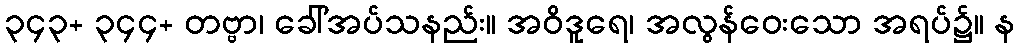
၃၄၃+ ၃၄၄+ တဗ္ဗာ၊ ခေါ်အပ်သနည်း။ အဝိဒူရေ၊ အလွန်ဝေးသော အရပ်၌။ န